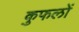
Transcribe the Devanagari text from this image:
कुफलों